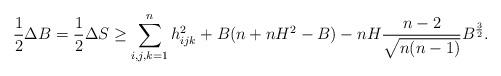
LaTeX: \begin{align*}\begin{aligned}\frac12\Delta B=\frac12\Delta S\geq \sum_{i,j,k=1}^nh_{ijk}^2+B(n+nH^2-B)-nH\dfrac{n-2}{\sqrt{n(n-1)}}B^{\frac32}.\end{aligned}\end{align*}